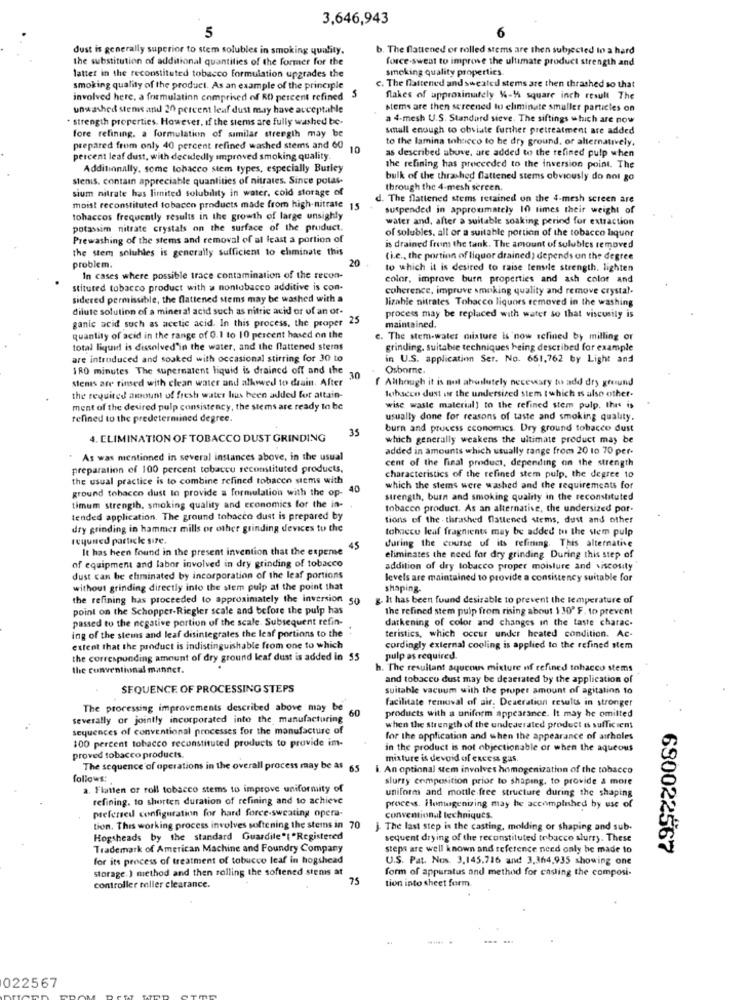
3,646,943
6
5
dust is generally superior to stem solubles in smoking quality.
b. The flattened or rolled stems are then subjected to a hard
the substitution of additional quantities of the former for the
force-sweat to improve the ultimate product strength and
smoking quality properties
latter in the reconstituted tobacco formulation upgrades the
smoking quality of the product. As an example of the principle
c. The flattened and sweated stems are then thrashed so that
involved here, a formulation comprised of RD) percent refined
S
flakes of approximately 44-45 square inch result The
unwashed stens and 20 percent leaf dust may have acceptable
stems are then screened to eliminate smaller particles on
· strength properties. However, if the stems are fully washed be-
a 4-mesh U.S. Standard sieve. The siftings which are now
small enough to obviate further pretreatment are added
fore refining. a formulation of similar strength may be
to the lamina tobacco to be dry ground, or alternatively.
prepared from only 40 percent refined washed stems and 60
as described above, are added to the refined pulp when
percent leaf dust, with decidedly improved smoking quality.
Additionally, some tobacco stem types, especially Burley
the refining has proceeded to the inversion point. The
stenis, contain appreciable quantities of nitrates. Since potas-
bulk of the thrashed flattened stems obviously do not go
sium nitrate has limited solubility in water, cold storage of
through the 4-mesh screen.
d. The flattened stems retained on the 4-mesh screen are
moist reconstituted tobacco products made from high-nitrate 15
suspended in approximately 10 times their weight of
tohaccos frequently results in the growth of large unsighly
water and, after a suitable soaking period for extraction
potassim nitrate crystals on the surface of the pruduct.
of solubles. all or a suitable portion of the tobacco liquor
Prewashing of the stems and removal of at least a portion of
the stem solubles is generally sufficient to eliminate this
is drained from the tank. The amount of solubles removed
20
(i.e ., the portion of liquor drained ) depends on the degree
problem.
to which it is desired to raise tensile strength. lighten
In cases where possible trace contamination of the recon-
color, improve burn properties and ash color and
stituted tobacco product with a nontobacco additive is con-
coherence, improve smoking quality and remove crystal-
sidered permissible, the flattened stems may be washed with a
lizable nitrates Tobacco liquors removed in the washing
dilute solution of a mineral acid such as nitric acid or of an or-
ganic acid such as acetic acid. In this process, the proper 25
process may be replaced with water so that viscosity is
maintained.
quantity of acid in the range of 0.1 to 10 percent based on the
e. The stem-water misture is now refined by milling or
total liquid is dissolved'in the water, and the flattened sterns
grinding, suitable techniques being described for example
are introduced and souked with occasional stirring for 30 to
in U.S. application Ser. No. 651,762 by Light and
1RO minutes The supernatent liquid is drained off and the
Osborne.
stenis are rinsed with clean water and allowed to drain. After
30
( Although it is mal abolutely necewary to add dry greund
the required amount of fresh water bus been added for attain-
tobacco dust or the undersized stem ( which is also other-
ment of the desired pulp consistency, the stems are ready to be
wise waste material] to the refined stem pulp. this is
refined to the predetermined degree.
usually done for reasons of taste and smoking quality.
35
burn and process economics. Dry ground tobacco dust
4. ELIMINATION OF TOBACCO DUST GRINDING
which generally weakens the ultimate product may be
added in amounts which usually range from 20 to 70 per-
As was mentioned in several instances above, in the usual
cent of the final product, depending on the strength
preparation of 100 percent tobacco reconstituted products,
the usual practice is to combine refined tobacco stems with
characteristics of the refined stem pulp, the degree to
ground tobacco dust to provide a formulation with the op-
which the stems were washed and the requirements for
strength, burn and smoking quality in the reconstituted
timum strength, smoking quality and Economics for the in-
tobacco product. As an alternative, the undersized por-
tended application. The ground tobacco dust is prepared by
tions of the - thrashed flattened stems, dust and other
dry grinding in hammer mills or other grinding devices to the
tobacco leaf fragnients may be added to the stem pulp
required particle size.
during the course of its refining. This alternative
It has been found in the present invention that the espeme
45
eliminates the need for dry grinding During this step of
of equipment and labor involved in dry grinding of tobacco
addition of dry tobacco proper moisture and viscosity
dust can be eliminated by incorporation of the leaf portions
levels are maintained to provide a consistency suitable for
without grinding directly into the stem pulp at the point that
shaping-
the refining has proceeded to approximately the inversion so
g. It has been found desirable to prevent the temperature of
point on the Schopper-Riegler scale and before the pulp has
the refined stem pulp from rising about 1 30' F. to prevent
passed to the negative portion of the scale. Subsequent refin-
darkening of color and changes in the taste charac-
ing of the stems and leaf disintegrates the leaf portions to the
teristics, which occur under heated condition. Ac-
extent that the product is indistinguishable from one to which
cordingly external cooling is applied to the refined stem
the corresponding amount of dry ground leaf dust is added in 55
pulp as required.
the conventional mannet.
h. The resultant aqueous mixture of refined tobacco stems
and tobacco dust may be deaerated by the application of
SEQUENCE OF PROCESSING STEPS
suitable vacuum with the proper amount of agitation to
facilitate removal of air. Deaeration results in stronger
The processing improvements described above may be
60
products with a uniform appearance. It may he omitted
severally or jointly incorporated into the manufacturing
sequences of conventional processes for the manufacture of
when the strength of the undederated product is sufficient
100 percent tobacco reconstituted products to provide im-
for the application and when the appearance of airholes
in the product is not objectionable or when the aqueous
proved tobacco products.
mixture is devoid of excess gas.
The sequence of operations in the overall process may be as 65
. An optional stem involves homogenization of the tobacco
follows:
slurry composition prior to shaping, to provide a more
a. Flatten or roll tobacco stems to improve uniformity of
uniform and mottle free structure during the shaping
refining. to shorten duration of refining and to achieve
proces. Hurtugenizing may be accomplished by use of
preferred configuration for hard force-sweating opera-
conventional techniques.
tion. This working process involves softening the stems in 7
The last step is the casting, molding or shaping and sub-
Hogsheads by the standard Guardile"t "Registered
sequent drying of the reconstituted tobacco slurry. These
Trademark of American Machine and Foundry Company
steps are well known and reference need only be made to
680022567
for its process of treatment of tobucco leaf in hogshead
U.S. Pat. Nos. 3.145.716 and 3,364,935 showing one
storage.) method and then rolling the softened stems at
form of apparatus and method for casting the composi-
75
tion into sheet form
controller toller clearance.
022567